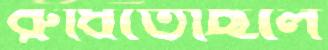
রুধিতেছিলে